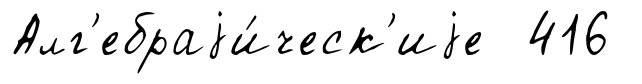
Алг'ебраjи́ческ'иjе 416